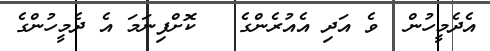
އެދެމީހުން  ވެ އަދި އެއުރެންގެ   ކޮށްފިނަމަ އެ ދެމީހުންގެ